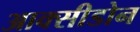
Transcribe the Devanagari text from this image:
आक्सीडोन